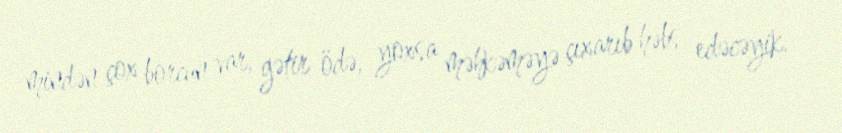
mindən çox borcun var, gətir ödə, yoxsa məhkəməyə çıxarıb həbs edəcəyik.